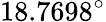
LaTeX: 18.7698^{\circ}